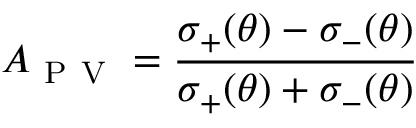
A _ { \mathrm { ~ P ~ V ~ } } = \frac { \sigma _ { + } ( \theta ) - \sigma _ { - } ( \theta ) } { \sigma _ { + } ( \theta ) + \sigma _ { - } ( \theta ) }